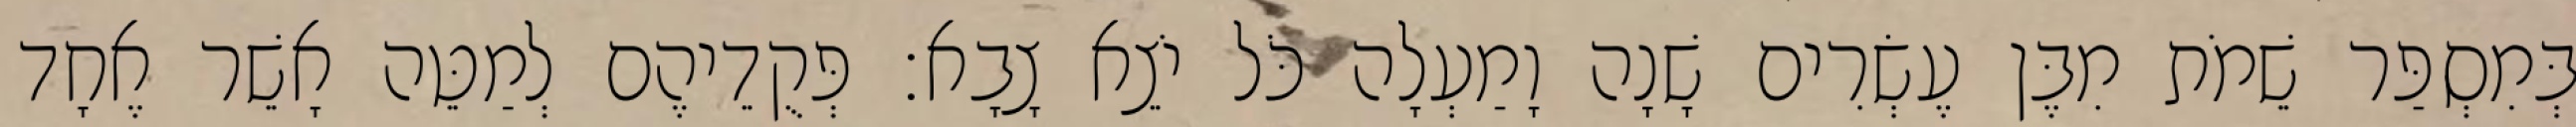
בְּמִסְפַּר שֵׁמֹת מִבֶּן עֶשְׂרִים שָׁנָה וָמַעְלָה כֹּל יֹצֵא צָבָא׃ פְּקֻדֵיהֶם לְמַטֵּה אָשֵׁר אֶחָד